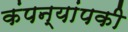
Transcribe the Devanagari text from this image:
कंपन्यांपकी